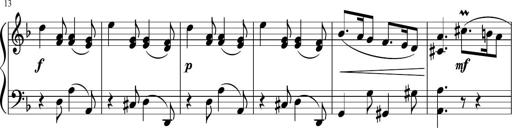
Title: 12 Keyboard Sonatinas
Composer: James Hook